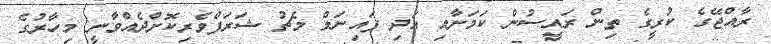
ރާއްޖޭގެ ކުރީގެ ތިން ރައީސުން ކަމަށާއި އަދި ފައިނަލް މެޗު ޝަރަފްވެރިކޮށްދެއްވާނީ މިހާރުގެ